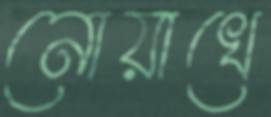
নোয়াখে